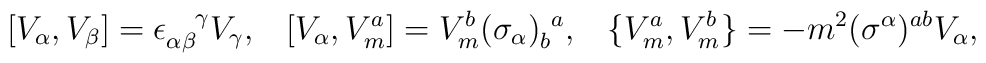
[V_\alpha,V_\beta]=\epsilon_{\alpha\beta}^{~~~\!\gamma} V_\gamma, \;\;\; [V_\alpha,V_m^a]=V_m^b(\sigma_\alpha)_b^{~a}, \;\;\; \{V_m^a,V_m^b\}=-m^2(\sigma^\alpha)^{ab} V_\alpha,